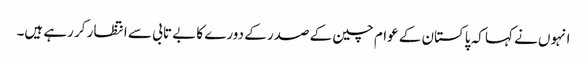
انہوں نے کہا کہ پاکستان کے عوام چین کے صدر کے دورے کا بے تابی سے انتظار کر رہے ہیں۔